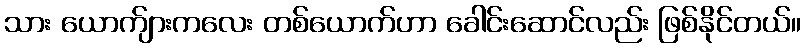
သား ယောက်ျားကလေး တစ်ယောက်ဟာ ခေါင်းဆောင်လည်း ဖြစ်နိုင်တယ်။